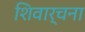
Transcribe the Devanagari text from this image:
शिवार्चना